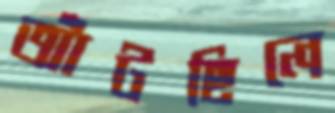
আঁটছিলে